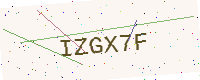
Text: IZGX7F